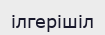
ілгерішіл